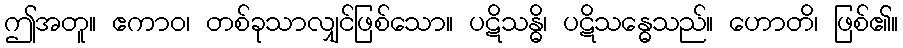
ဤအတူ။ ဧကာဝ၊ တစ်ခုသာလျှင်ဖြစ်သော။ ပဋိသန္ဓိ၊ ပဋိသန္ဓေသည်။ ဟောတိ၊ ဖြစ်၏။